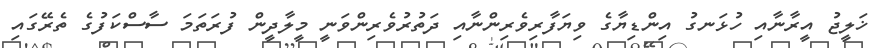
ޚަލީޖު އީރާނާއި ހުޅަނގު އިންޑިޔާގެ ވިޔަފާރިވެރިންނާއި ދަތުރުވެރިންވަނީ މީލާދީން ފުރަތަމަ ސާސްކަފުގެ ތެރޭގައި